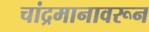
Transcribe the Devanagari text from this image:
चांद्रमानावरून